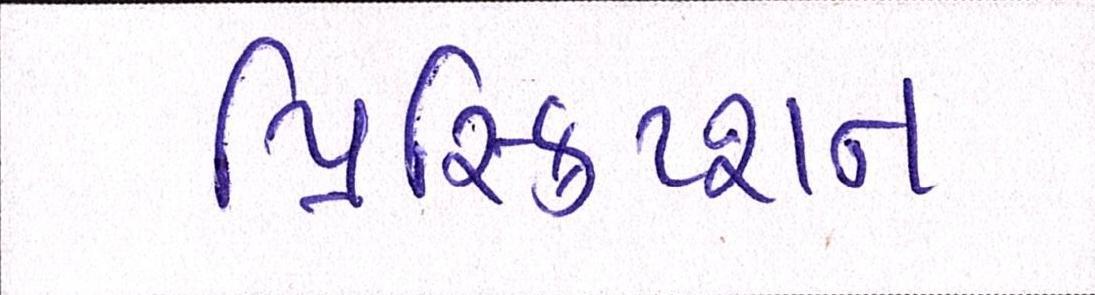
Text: પ્રિસ્ક્રિપ્શન